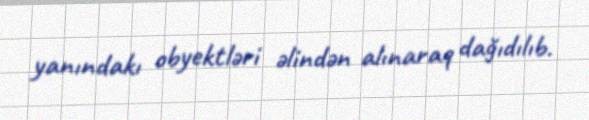
yanındakı obyektləri əlindən alınaraq dağıdılıb.